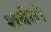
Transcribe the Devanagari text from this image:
शर्बतों